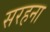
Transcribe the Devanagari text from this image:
सरहना